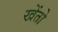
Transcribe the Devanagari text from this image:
खेंतो